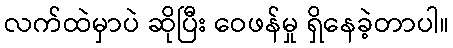
လက်ထဲမှာပဲ ဆိုပြီး ဝေဖန်မှု ရှိနေခဲ့တာပါ။